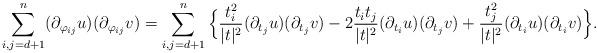
LaTeX: \begin{align*} \sum_{i,j=d+1}^n(\partial_{\varphi_{ij}} u)(\partial_{\varphi_{ij}} v) =\sum_{i,j=d+1}^n\Big \{\frac{t_i^2}{|t|^2}(\partial_{t_j} u)(\partial_{t_j} v) -2\frac{t_it_j}{|t|^2}(\partial_{t_i} u)(\partial_{t_j} v)+\frac{t^2_j}{|t|^2}(\partial_{t_i} u)(\partial_{t_i} v)\Big \}.\end{align*}